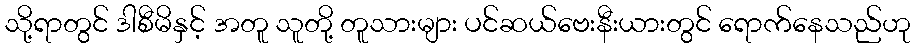
သို့ရာတွင် ဒါစီမိနှင့် အတူ သူတို့ တူသားများ ပင်ဆယ်ဗေးနီးယားတွင် ရောက်နေသည်ဟု